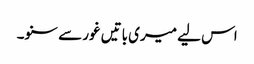
اس لیے میری باتیں غور سے سنو۔